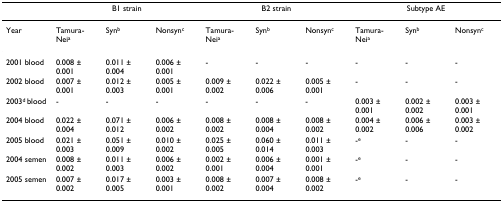
|  | <COLSPAN=3> B1 strain | <COLSPAN=3> B2 strain | <COLSPAN=3> Subtype AE |
 | --- | --- | --- | --- | --- | --- | --- | --- | --- | --- |
 | Year | Tamura-Neia | Synb | Nonsync | Tamura-Neia | Synb | Nonsync | Tamura-Neia | Synb | Nonsync |
 | 2001 blood | 0.008 ± 0.001 | 0.011 ± 0.004 | 0.006 ± 0.001 | - | - | - | - | - | - |
 | 2002 blood | 0.007 ± 0.001 | 0.012 ± 0.003 | 0.005 ± 0.001 | 0.009 ± 0.002 | 0.022 ± 0.006 | 0.005 ± 0.001 | - | - | - |
 | 2003d blood | - | - | - | - | - | - | 0.003 ± 0.001 | 0.002 ± 0.002 | 0.003 ± 0.001 |
 | 2004 blood | 0.022 ± 0.004 | 0.071 ± 0.012 | 0.006 ± 0.002 | 0.008 ± 0.002 | 0.008 ± 0.004 | 0.008 ± 0.002 | 0.004 ± 0.002 | 0.006 ± 0.006 | 0.003 ± 0.002 |
 | 2005 blood | 0.021 ± 0.003 | 0.051 ± 0.009 | 0.010 ± 0.002 | 0.025 ± 0.005 | 0.060 ± 0.014 | 0.011 ± 0.003 | -e | - | - |
 | 2004 semen | 0.008 ± 0.002 | 0.011 ± 0.003 | 0.006 ± 0.002 | 0.002 ± 0.001 | 0.006 ± 0.004 | 0.001 ± 0.001 | -e | - | - |
 | 2005 semen | 0.007 ± 0.002 | 0.017 ± 0.005 | 0.003 ± 0.001 | 0.008 ± 0.002 | 0.007 ± 0.004 | 0.008 ± 0.002 | -e | - | - |